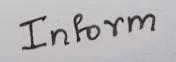
Inform